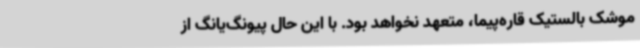
موشک بالستیک قاره‌پیما، متعهد نخواهد بود. با این حال پیونگ‌یانگ از